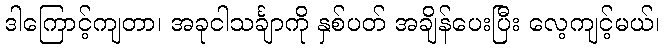
ဒါကြောင့်ကျတာ၊ အခုငါသင်္ချာကို နှစ်ပတ် အချိန်ပေးပြီး လေ့ကျင့်မယ်၊